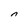
Character: n